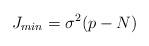
LaTeX: \begin{align*}J_{min}=\sigma^2 (p-N)\end{align*}